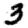
Digit: 3